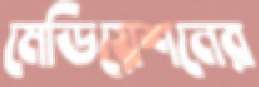
মেডিয়েশনের